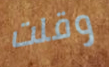
وقلت